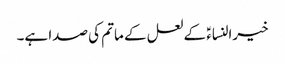
خیرالنساءؑ کے لعل کے ماتم کی صدا ہے۔